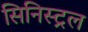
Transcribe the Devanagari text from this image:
सिनिस्ट्रल